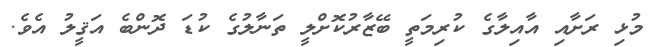
މުޅި ރަށާއި އާއިލާގެ ކުރިމަތީ ބޭޒާރުކޮށްލީ ތަނާލުގެ ކުޑަ ދޮންބެ އަޤީލު އެވެ.